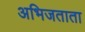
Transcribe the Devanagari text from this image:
अभिजताता